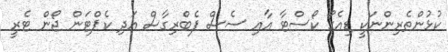
ކުޅުންތެރިންނަކީ ޑިއެގޯ ކޯސްޓާ އާއި ސެސް ފެބްރިގާސް އަދި ކެޕްޓަން ޖޯން ޓެރީ